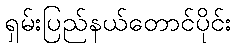
ရှမ်းပြည်နယ်တောင်ပိုင်း